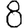
Digit: 8